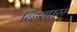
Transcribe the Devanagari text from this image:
व्हिसपरर